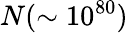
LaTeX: N(\sim 10^{80})